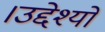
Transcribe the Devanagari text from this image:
।उद्देश्यों